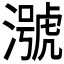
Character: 𪷢